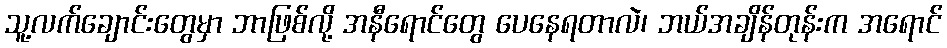
သူ့လက်ချောင်းတွေမှာ ဘာဖြစ်လို့ အနီရောင်တွေ ပေနေရတာလဲ၊ ဘယ်အချိန်တုန်းက အရောင်